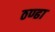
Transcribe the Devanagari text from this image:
ठण्ढा